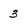
Character: 3